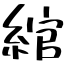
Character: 綰